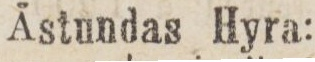
Åstundas Hyra: